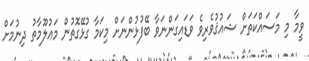
ވީމާ މި މަސައްކަތަށް ޝައުޤުވެރިވެ ވަޑައިގަންނަވާ ބޭފުޅުންނަށް މިކަމާ ގުޅޭގޮތުން މަޢުލޫމާތު ދިނުމަށް